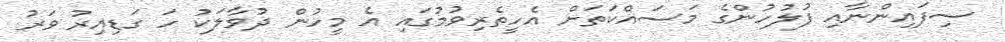
ސިފައިންނާއި ފުލުހުންގެ މަސައްކަތަށް އެހީތެރިވުމުގައި އެ މީހުން ދުވާލަކު ހަ ގަޑިއިރު ވަރު